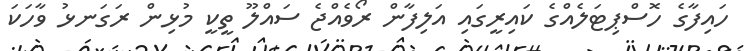
ހައިފާގެ ހޮސްޕިޓަލެއްގެ ކައިރީގައި އަލިފާން ރޯވެއްޖެ ސައްލޫ ތީކީ މުޅިން ރަގަނޅު ވާހަކަ